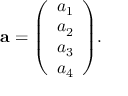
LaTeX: \mathbf { a } = { \left( \begin{array} { l } { a _ { 1 } } \\ { a _ { 2 } } \\ { a _ { 3 } } \\ { a _ { 4 } } \end{array} \right) } .